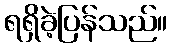
ရရှိခဲ့ပြန်သည်။